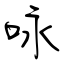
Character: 咏